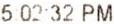
5:02:32 PM